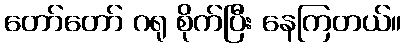
တော်တော် ဂရု စိုက်ပြီး နေကြတယ်။